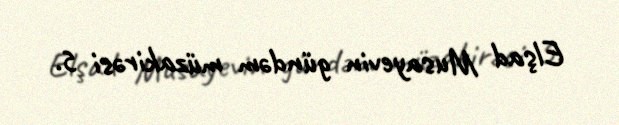
Elşad Musayevin gündəm müzakirəsi 5.